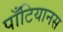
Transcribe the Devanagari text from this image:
पाँटियानस